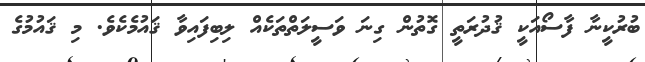
ބުރުކީނާ ފާސޯއަކީ ޤުދުރަތީ ގޮތުން ގިނަ ވަސީލަތްތަކެެއް ލިބިފައިވާ ޤައުމެކެވެ. މި ޤައުމުގެ